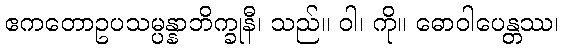
ဧကတောဥပသမ္ပန္နာဘိက္ခုနီ၊ သည်။ ဝါ၊ ကို။ ဓောဝါပေန္တဿ၊